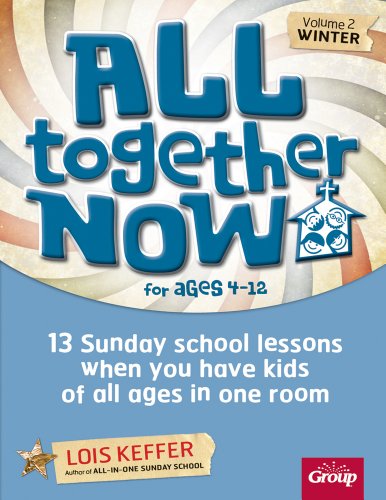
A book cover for All Together Now Volume 2 Winter: 13 Sunday school lessons when you have kids of all ages in one room; Lois Keffer; Christian Books & Bibles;